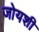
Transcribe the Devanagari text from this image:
जोयशी